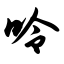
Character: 呤